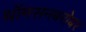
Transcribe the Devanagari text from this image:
थॉमसनबरोबर